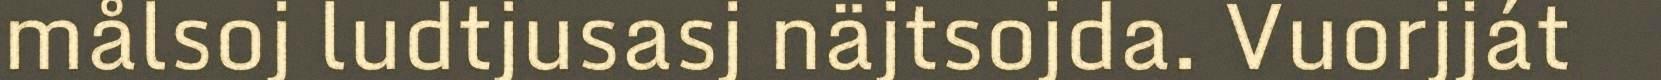
målsoj ludtjusasj näjtsojda. Vuorjját